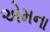
એમના